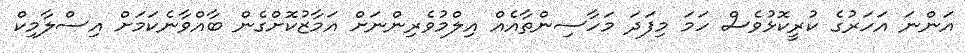
އަންނަ އަހަރުގެ ކުރީކޮޅުވެސް ހަމަ މިފަދަ މަހާސިންތާއެއް އިލްމުވެރިންނަށް އަމާޒުކޮށްގެން ބާއްވާނެކަމަށް އިސްލާމިކް